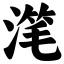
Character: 滗